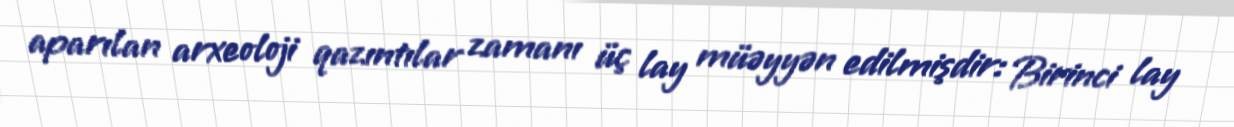
aparılan arxeoloji qazıntılar zamanı üç lay müəyyən edilmişdir: Birinci lay